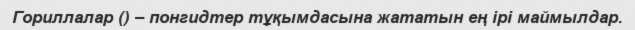
Гориллалар () – понгидтер тұқымдасына жататын ең ірі маймылдар.